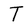
Character: T